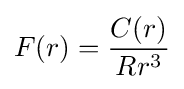
F(r)={\frac {C(r)}{Rr^{3}}}